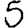
Digit: 5